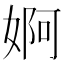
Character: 婀